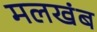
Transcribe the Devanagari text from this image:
मलखंब